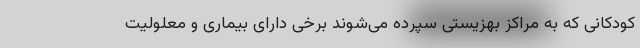
کودکانی که به مراکز بهزیستی سپرده می‌شوند برخی دارای بیماری و معلولیت